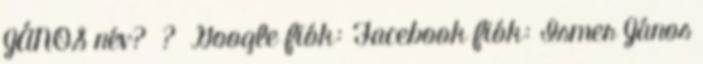
JÁNOS név? ? Google fiók: Facebook fiók: Ismer János